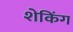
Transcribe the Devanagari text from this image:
शेकिंग